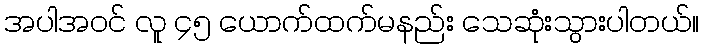
အပါအဝင် လူ ၄၅ ယောက်ထက်မနည်း သေဆုံးသွားပါတယ်။